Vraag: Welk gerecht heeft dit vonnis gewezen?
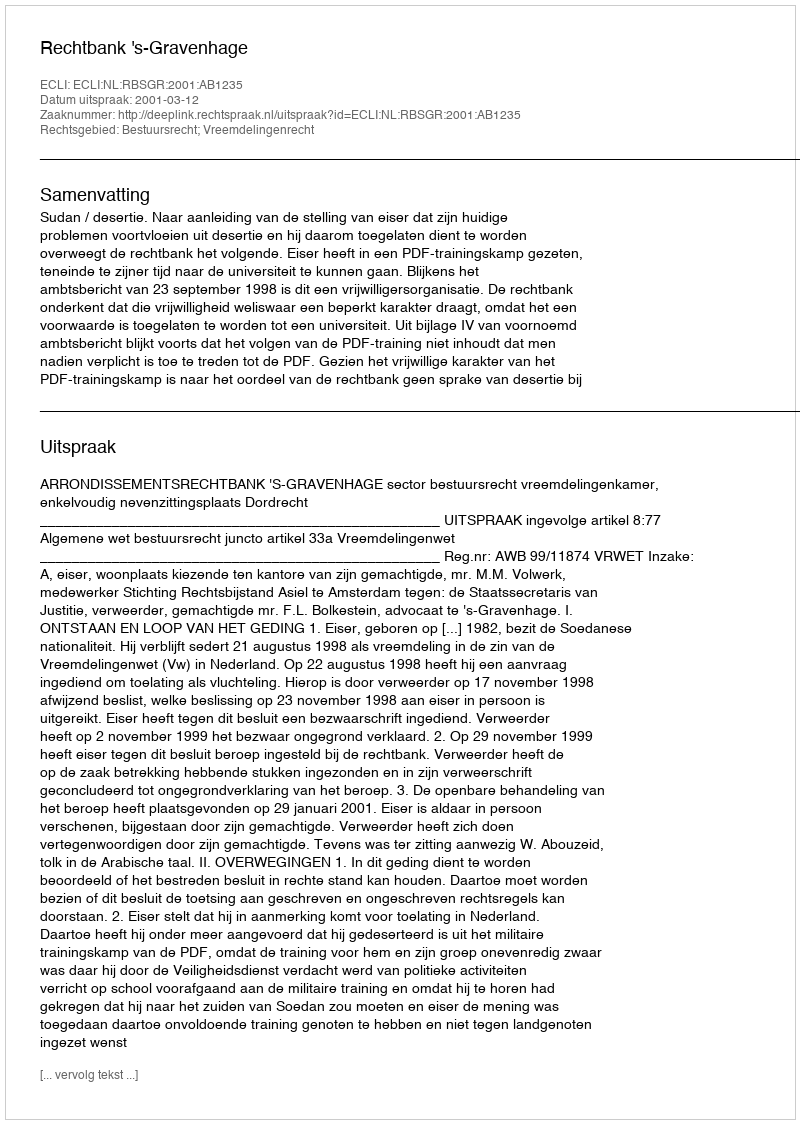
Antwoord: Rechtbank 's-Gravenhage